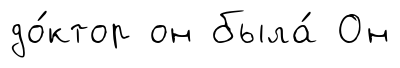
до́ктор он была́ Он